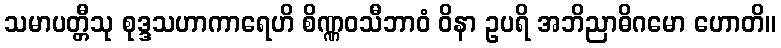
သမာပတ္တီသု စုဒ္ဒသဟာကာရေဟိ စိဏ္ဏဝသီဘာဝံ ဝိနာ ဥပရိ အဘိညာဓိဂမော ဟောတိ။